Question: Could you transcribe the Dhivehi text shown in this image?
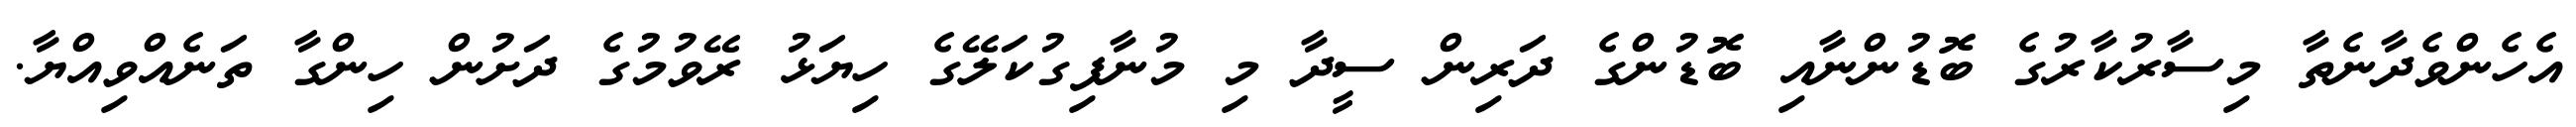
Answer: އެހެންވެދާނެތާ މިސާރުކާރުގެ ބޮޑުންނާއި ބޮޑުންގެ ދަރިން ސީދާ މި މުނާފިގުކަލޭގެ ހިޔަޅު ރޭވުމުގެ ދަށުން ހިންގާ ތަނެއްވިއްޔާ.